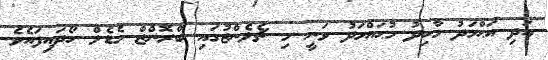
އަދި އަޙްމަދު މާހިދު މުޙައްމަދު ވަނީ މި ޗެލެންޖުގައި ބްރޮންޒް މެޑެލް ހޯދައިފައެވެ.